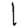
Digit: 1